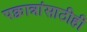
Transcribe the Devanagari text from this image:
पक्वान्नांसाठीही